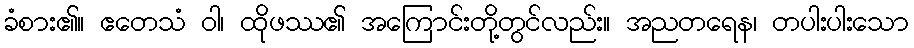
ခံစား၏။ ဧတေသံ ဝါ၊ ထိုဖဿ၏ အကြောင်းတို့တွင်လည်း။ အညတရေန၊ တပါးပါးသော